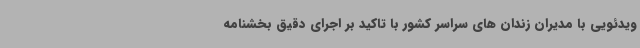
ویدئویی با مدیران زندان های سراسر کشور با تاکید بر اجرای دقیق بخشنامه